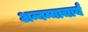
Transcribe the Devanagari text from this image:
अन्नम्माचार्य